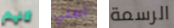
لانهم املي الرسمة